Trukikaitis_Postimees, lk 145
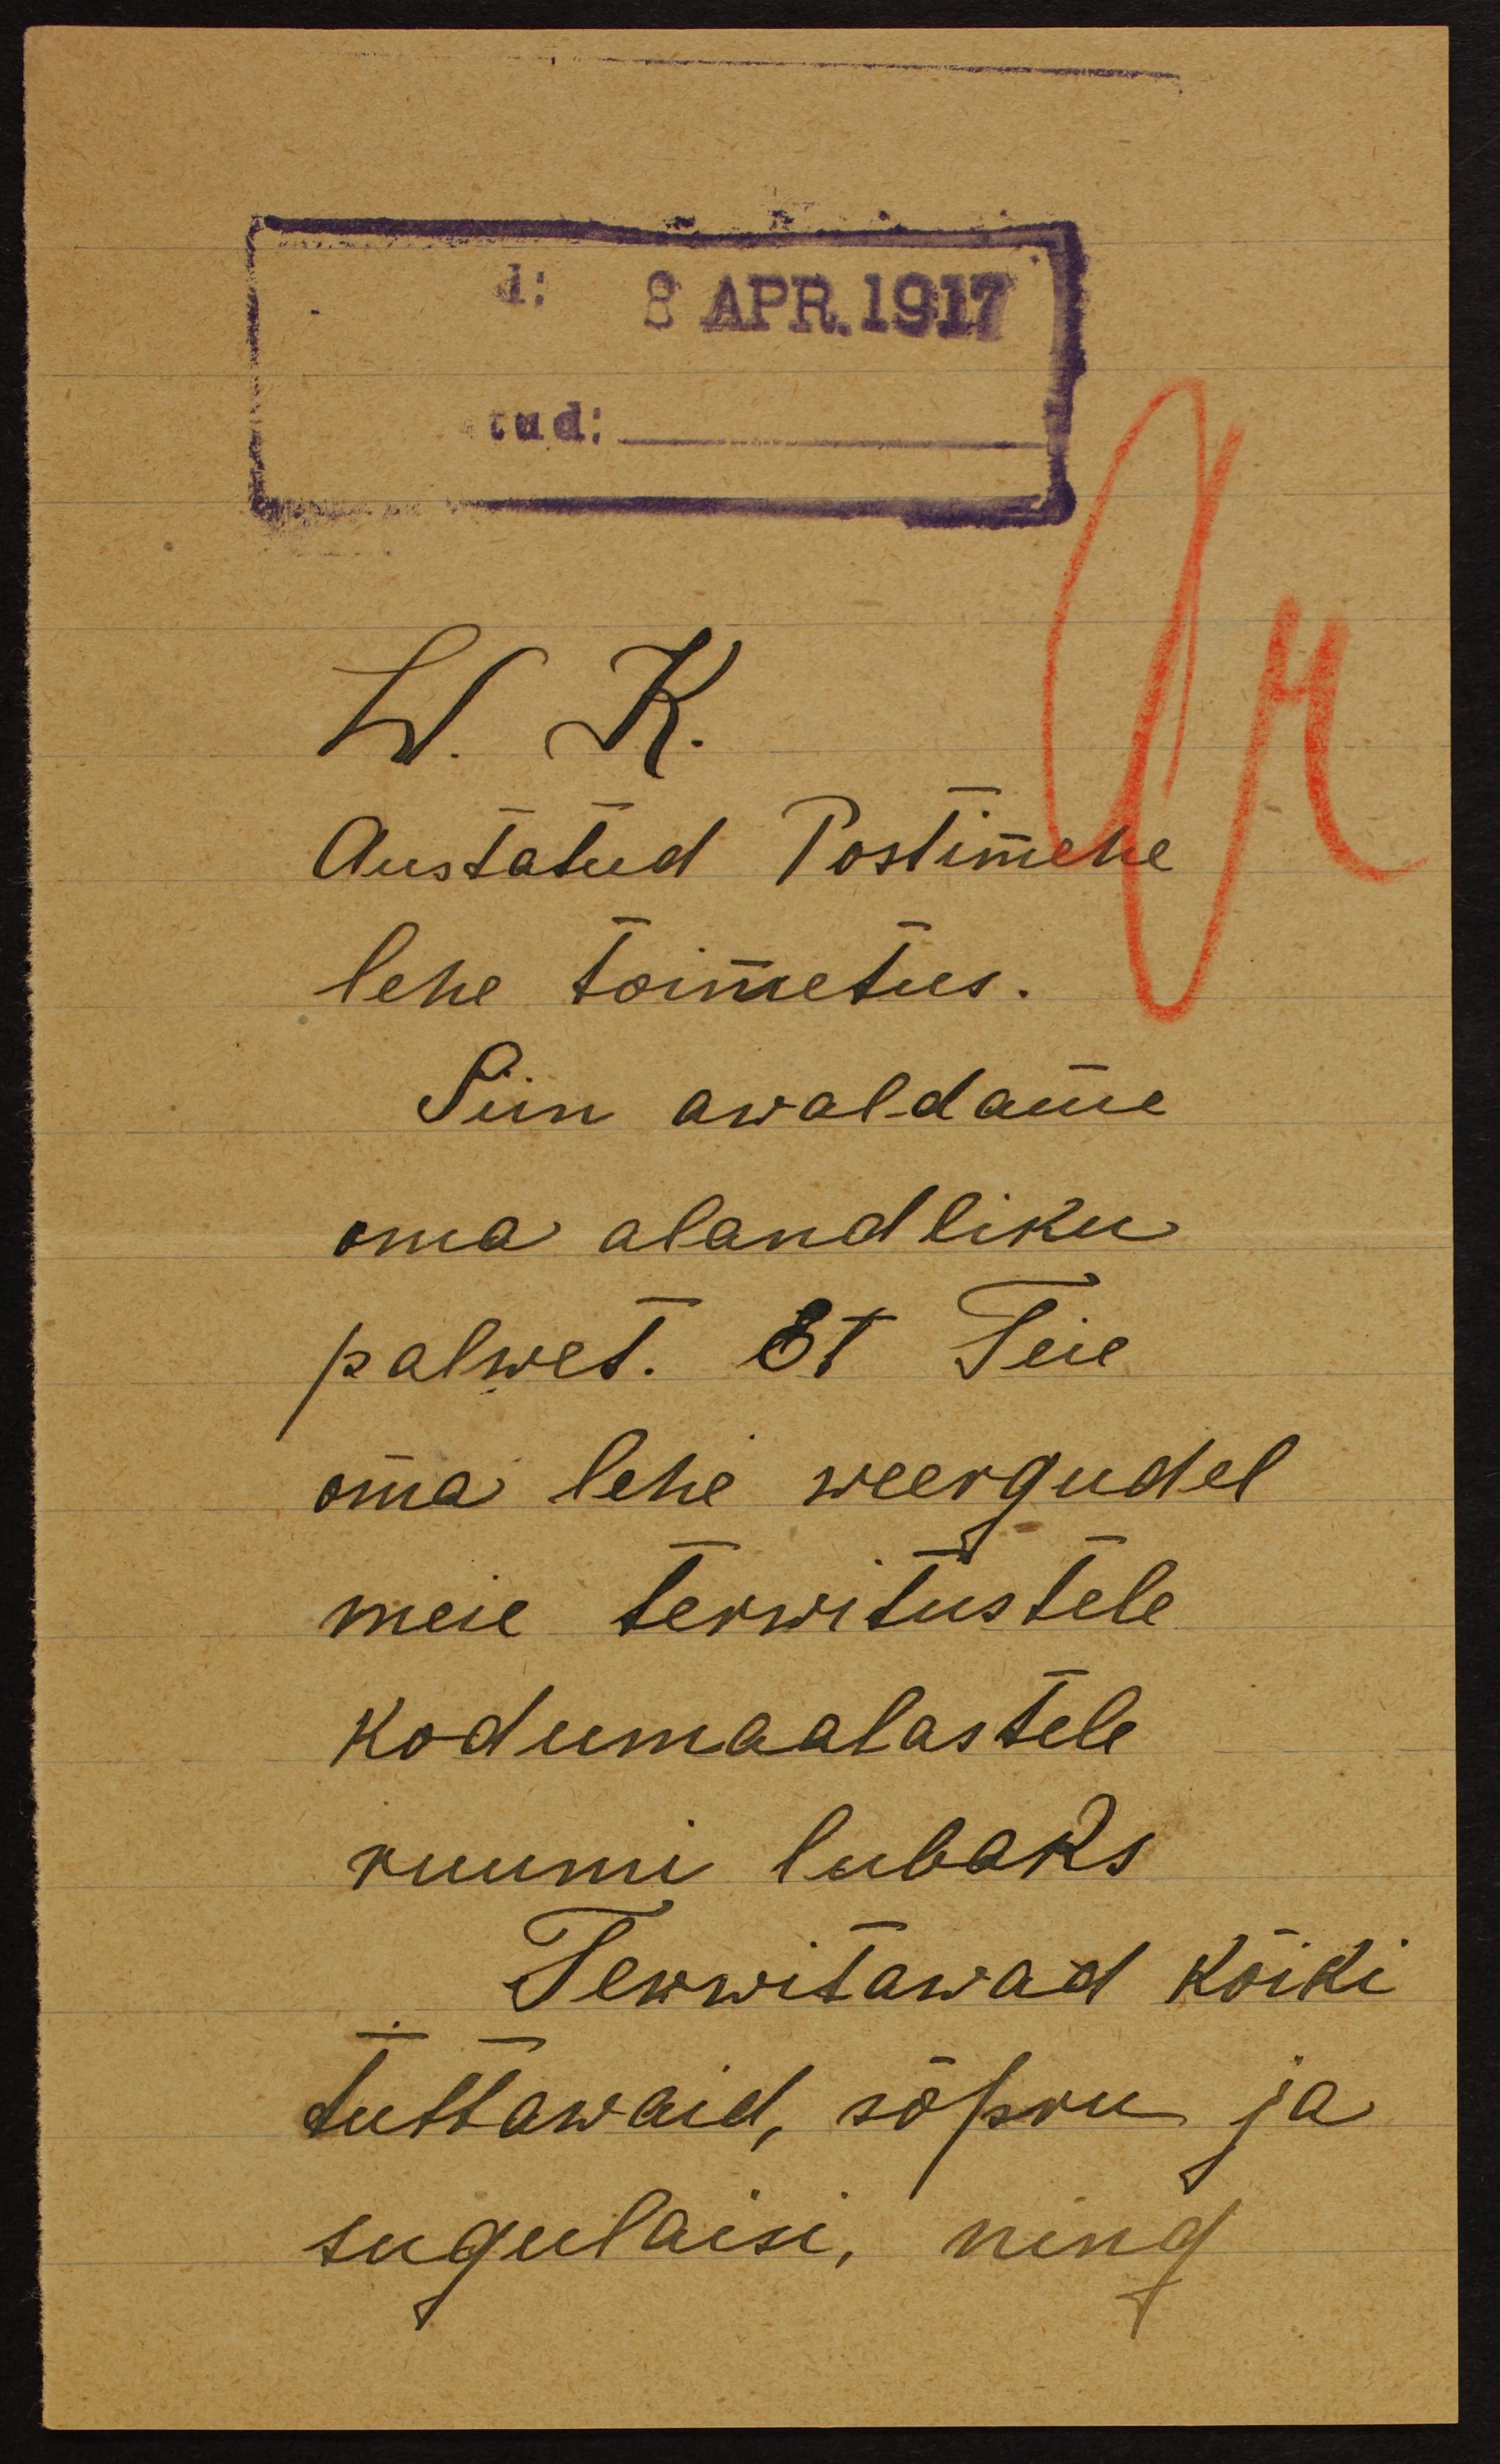
8 APR.1917
W. K.
Austatud Postimehe
lehe toimetus.
Siin awaldame
oma alandliku
palwet. Et Teie
oma lehe weergudel
meie terwitustele
kodumaalastele.
ruumi lubaks
Terwitawad kõiki
tuttawaid, sõpru ja
sugulaisi, ning